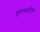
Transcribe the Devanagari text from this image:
हातगाडीवर